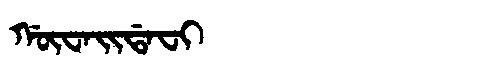
Manchu: ᡤᡡᠸᠠᡳᡩᠠᠸᡳ
Romanization: GŪWAIDAFI